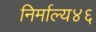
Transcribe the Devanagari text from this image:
निर्माल्य४६